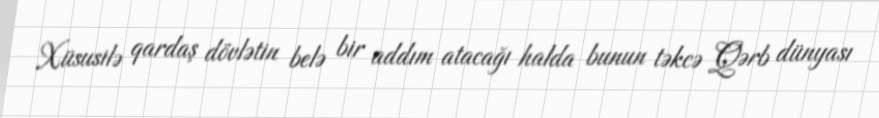
Xüsusilə qardaş dövlətin belə bir addım atacağı halda bunun təkcə Qərb dünyası